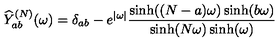
\widehat { Y } _ { a b } ^ { ( N ) } ( \omega ) = \delta _ { a b } - e ^ { | \omega | } \frac { \sinh ( ( N - a ) \omega ) \sinh ( b \omega ) } { \sinh ( N \omega ) \sinh ( \omega ) }